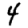
Digit: 4